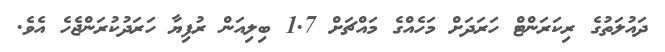
ދައުލަތުގެ ރިކަރަންޓް ހަރަދަށް މަހެއްގެ މައްޗަށް 1.7 ބިލިއަން ރުފިޔާ ހަރަދުކުރަންޖެހެ އެވެ.